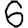
Digit: 6